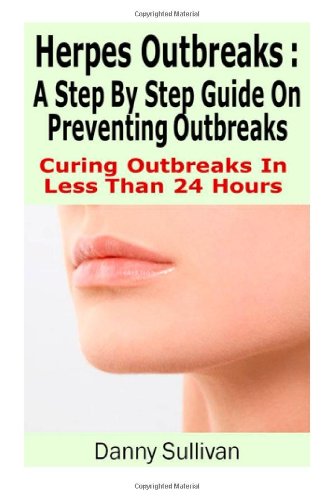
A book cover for Herpes Outbreaks: A Step By Step Guide Curing To Outbreaks In Less Than 24 Hours; Danny Sullivan; Health, Fitness & Dieting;